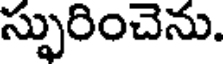
స్పురించెను.